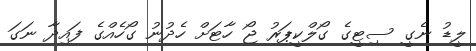
ލީޑު ނެގީ ސިޓީގެ ގޯލްކީޕަރު ޖޯ ހާޓަށް ހެދުނު ގޯހެއްގެ ފައިދާ ނަގަ